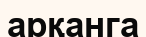
арқанга